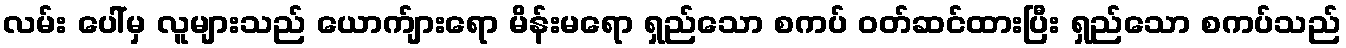
လမ်း ပေါ်မှ လူများသည် ယောက်ျားရော မိန်းမရော ရှည်သော စကပ် ဝတ်ဆင်ထားပြီး ရှည်သော စကပ်သည်